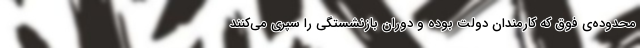
محدوده‌ی فوق که کارمندان دولت بوده و دوران بازنشستگی را سپری می‌کنند